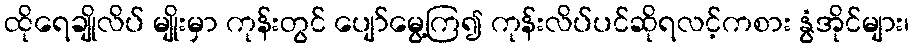
ထိုရေချိုလိပ် မျိုးမှာ ကုန်းတွင် ပျော်မွေ့ကြ၍ ကုန်းလိပ်ပင်ဆိုရလင့်ကစား နွံအိုင်များ၊